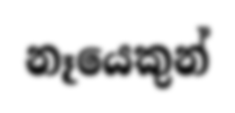
නෑයෙකුන්